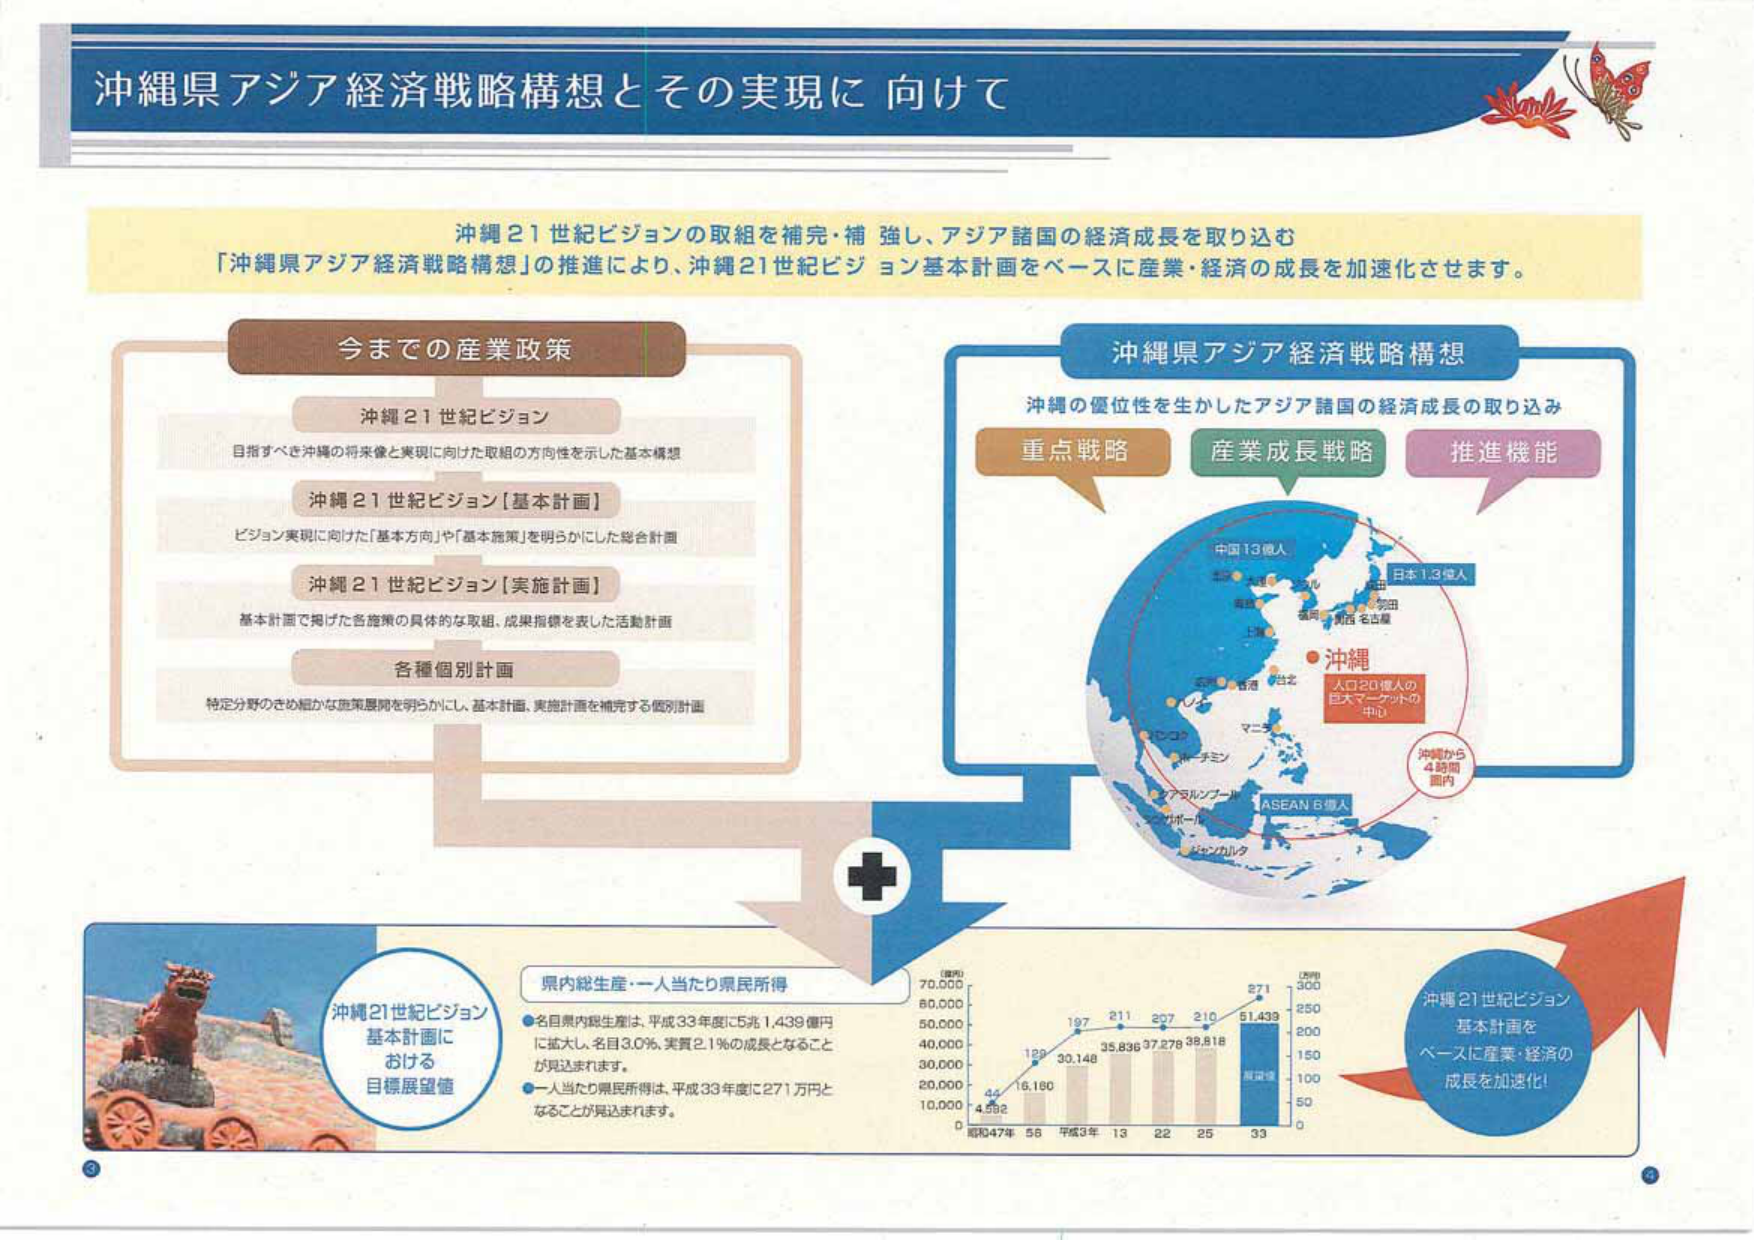
沖縄県アジア経済戦略構想とその実現に向けて

沖縄21世紀ビジョンの取組を補完・補強し、アジア諸国の経済成長を取り込む
「沖縄県アジア経済戦略構想」の推進により、沖縄21世紀ビジョン基本計画をベースに産業・経済の成長を加速化させます。

今までの産業政策

沖縄21世紀ビジョン
目指すべき沖縄の将来像と実現に向けた取組の方向性を示した基本構想

沖縄21世紀ビジョン【基本計画】
ビジョン実現に向けた「基本方向」や「基本施策」を明らかにした総合計画

沖縄21世紀ビジョン【実施計画】
基本計画で掲げた各施策の具体的な取組、成果指標を表した活動計画

各種個別計画
特定分野のきめ細かな施策展開を明らかにし、基本計画、実施計画を補完する個別計画

沖縄県アジア経済戦略構想
沖縄の優位性を生かしたアジア諸国の経済成長の取り込み

重点戦略
産業成長戦略
推進機能

中国13億人
日本1.3億人
台北
香港
マニラ
シンガポール
バンコク
ジャカルタ
ASEAN 6億人
沖縄
人口20億人の
巨大マーケットの
中心
沖縄から
4時間
圏内

沖縄21世紀ビジョン
基本計画における
目標展望値

県内総生産・一人当たり県民所得
●名目県内総生産は、平成33年度に5兆1,439億円に拡大し、名目3.0％、実質2.1％の成長となることが見込まれます。
●一人当たり県民所得は、平成33年度に271万円となることが見込まれます。

（億円）
70,000
60,000
50,000
40,000
30,000
20,000
10,000
0
昭和47年 55 平成3年 13 22 25 33
4,592 129 197 211 297 210 271
16,160 30,146 35,836 37,276 39,818 51,439
（万円）
300
250
200
150
100
50
0

沖縄21世紀ビジョン
基本計画を
ベースに産業・経済の
成長を加速化！